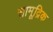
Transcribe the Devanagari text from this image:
सामूद्रिक